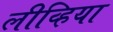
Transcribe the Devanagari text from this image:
लीव्हिया